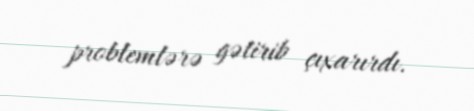
problemlərə gətirib çıxarırdı.